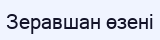
Зеравшан өзені